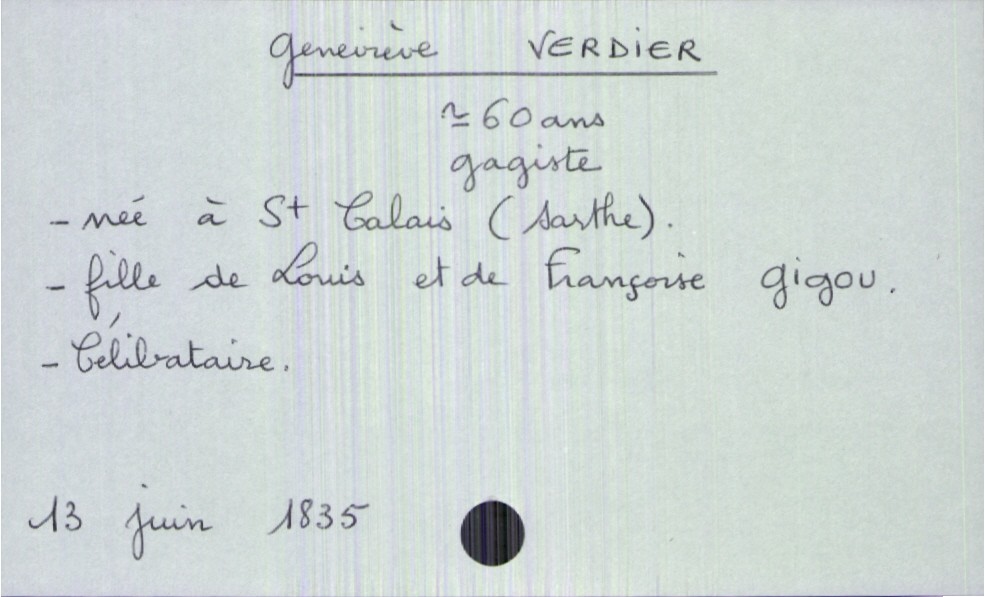
type_acte: Décès
année: 1835
mois: juin
jour: 13
défunt_nom: Verdier
défunt_prénom: Geneviève
défunt_sexe: F
défunt_âge: 60 ans
défunt_profession: gagiste
défunt_lieu_de_naissance: Saint Calais (Sarthe)
défunt_statut: célibataire
père_défunt_nom: Verdier
père_défunt_prénom: Louis
mère_défunt_nom: Gigou
mère_défunt_prénom: Françoise